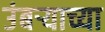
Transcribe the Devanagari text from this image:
उंबऱ्याच्या